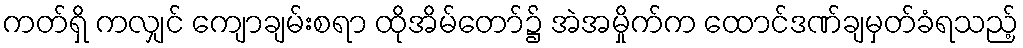
ကတ်ရှိ ကလျှင် ကျောချမ်းစရာ ထိုအိမ်တော်၌ အဲအမှိုက်က ထောင်ဒဏ်ချမှတ်ခံရသည့်